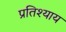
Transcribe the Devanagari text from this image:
प्रतिश्‍याय